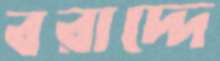
বরাদ্দে